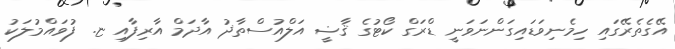
އޭގެތެރޭގައި ހިމެނިވަޑައިގަންނަވަނީ ޑްރަގް ކޯޓުގެ ޤާޟީ އަލްއުސްތާޛު އާދަމް އާރިފާއި ޏ. ފުވައްމުލަކު